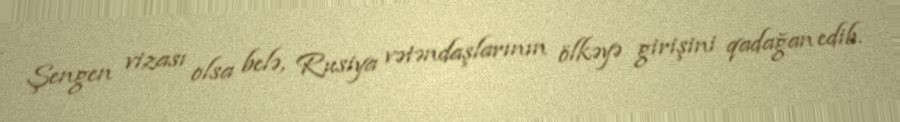
Şengen vizası olsa belə, Rusiya vətəndaşlarının ölkəyə girişini qadağan edib.